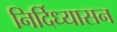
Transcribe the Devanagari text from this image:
निर्दिध्यासन